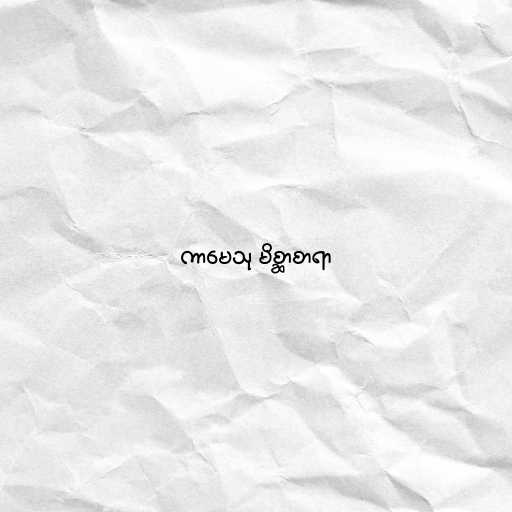
ကာမေသု မိစ္ဆာစာရာ